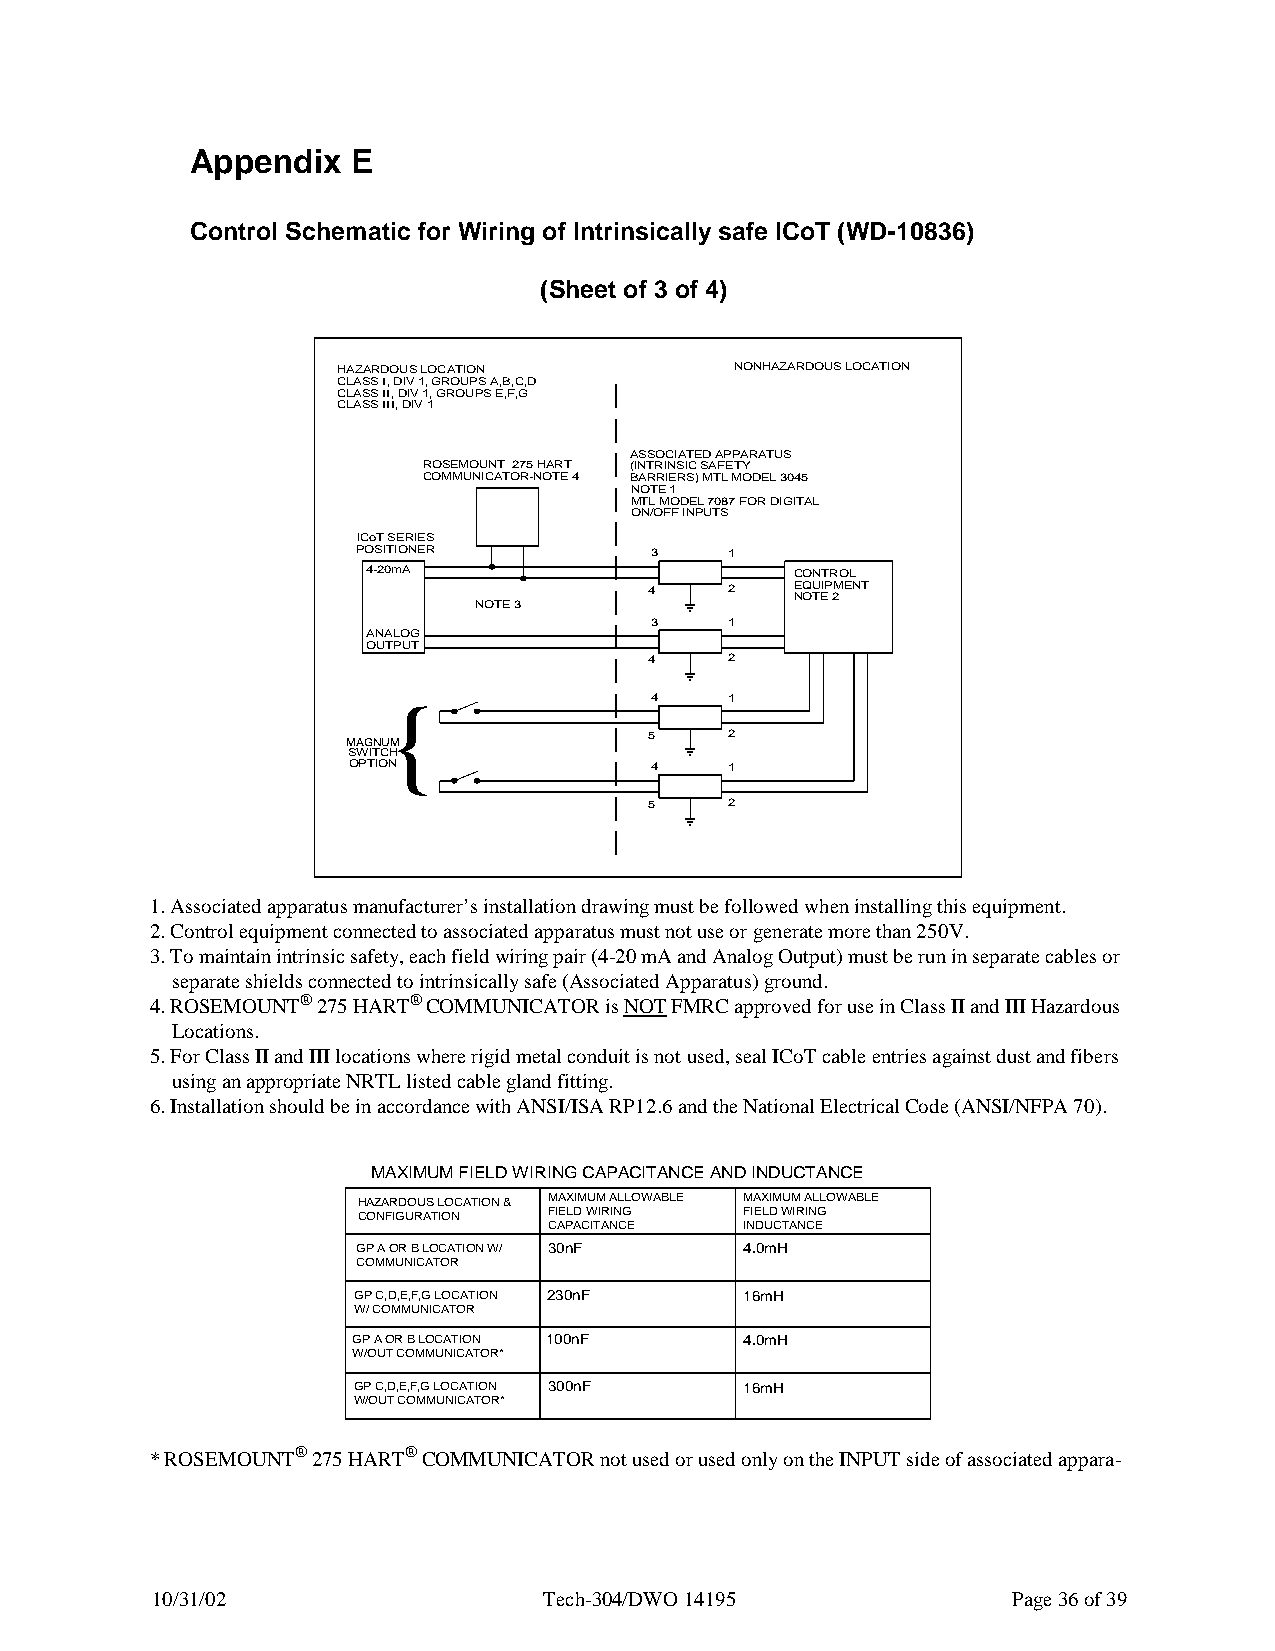
Appendix  E
 Control Schematic for Wiring of Intrinsically safe ICoT (WD-10836)
 (Sheet of 3 of 4)
 HAZARDOUS LOCATION         NONHAZARDOUS LOCATION
 CLASS I, DIV 1, GROUPS A,B,C,D
 CLASS II, DIV 1, GROUPS E,F,G
 CLASS III, DIV 1
 ASSOCIATED APPARATUS
 ROSEMOUNT 275 HART (INTRINSIC SAFETY
 COMMUNICATOR-NOTE 4 BARRIERS) MTL MODEL 3045
 NOTE 1
 MTL MODEL 7087 FOR DIGITAL
 ON/OFF INPUTS
 ICoT SERIES
 POSITIONER         3    1
 4-20mA                       CONTROL
 4    2    E NQ OU TEIP 2MENT
 NOTE 3
 3    1
 ANALOG
 OUTPUT
 4    2
 {                 4    1
 5    2
 MAGNUM
 SWITCH
 OPTION              4    1
 5    2
 1. Associated apparatus manufacturer’s installation drawing must be followed when installing this equipment.
 2. Control equipment connected to associated apparatus must not use or generate more than 250V.
 3. To maintain intrinsic safety, each field wiring pair (4-20 mA and Analog Output) must be run in separate cables or
 separate shields connected to intrinsically safe (Associated Apparatus) ground.
 4. ROSEMOUNT® 275 HART® COMMUNICATOR is NOT FMRC approved for use in Class II and III Hazardous
 Locations.
 5. For Class II and III locations where rigid metal conduit is not used, seal ICoT cable entries against dust and fibers
 using an appropriate NRTL listed cable gland fitting.
 6. Installation should be in accordance with ANSI/ISA RP12.6 and the National Electrical Code (ANSI/NFPA 70).
 MAXIMUM FIELD WIRING CAPACITANCE AND INDUCTANCE
 HAZARDOUS LOCATION & MAXIMUM ALLOWABLE MAXIMUM ALLOWABLE
 CONFIGURATION FIELD WIRING FIELD WIRING
 CAPACITANCE  INDUCTANCE
 GP A OR B LOCATION W/ 30nF 4.0mH
 COMMUNICATOR
 GP C,D,E,F,G LOCATION 230nF 16mH
 W/ COMMUNICATOR
 GP A OR B LOCATION 100nF  4.0mH
 W/OUT COMMUNICATOR*
 GP C,D,E,F,G LOCATION 300nF 16mH
 W/OUT COMMUNICATOR*
 * ROSEMOUNT® 275 HART® COMMUNICATOR not used or used only on the INPUT side of associated appara-
 10/31/02                  Tech-304/DWO 14195             Page 36 of 39